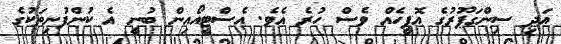
އަދި ސިންގަޕޫރުގެ އޮފީހެއް ވެސް ހުރެ އެވެ. އެސްޓީއޯއިން ބުނީ އެ ކުންފުނިތަކުގެ